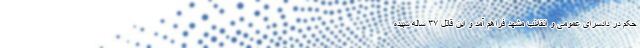
حکم در دادسرای عمومی و انقلاب مشهد فراهم آمد و این قاتل ۳۷ ساله سپیده